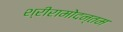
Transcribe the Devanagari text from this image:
श्रीरामोदन्तम